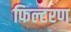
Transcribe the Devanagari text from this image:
फिल्टरण